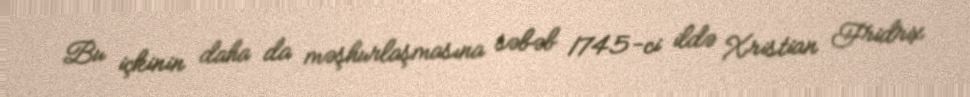
Bu içkinin daha da məşhurlaşmasına səbəb 1745-ci ildə Xristian Fridrix